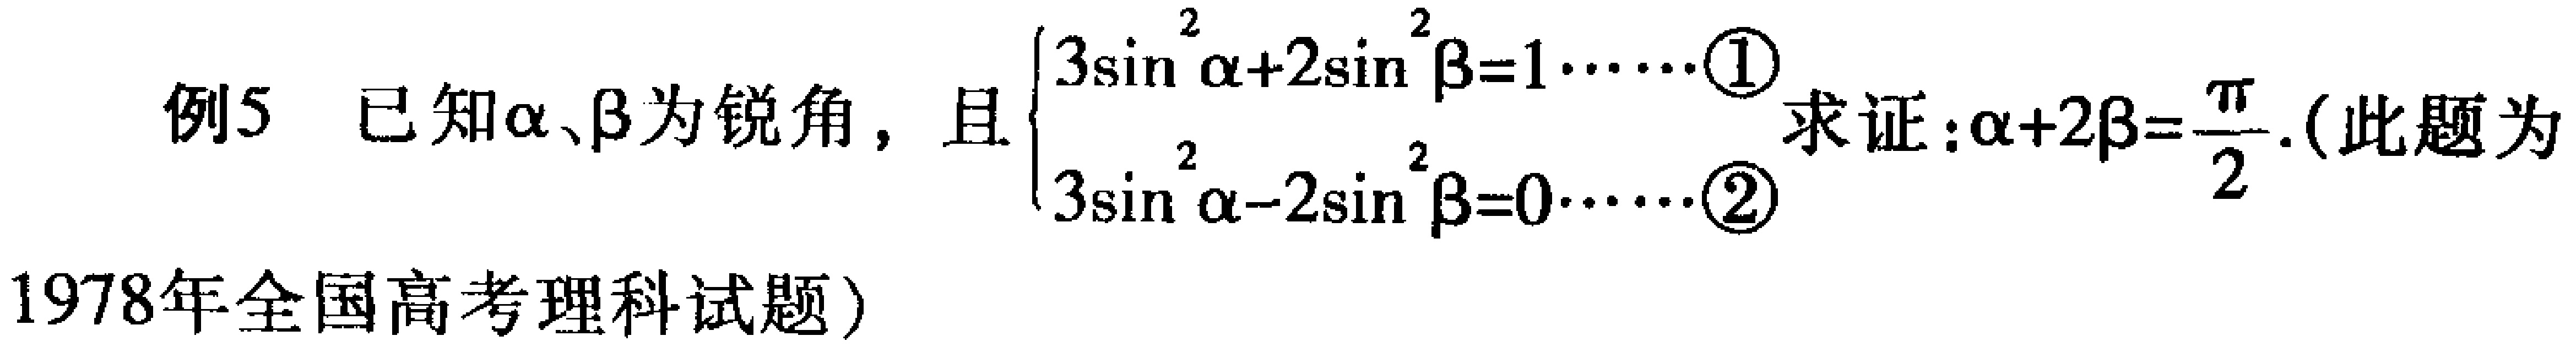
例5 已知\(\alpha、\beta\)为锐角，且\(\begin{cases}3\sin^{2}\alpha + 2\sin^{2}\beta = 1\cdots\cdots\textcircled{1}\\3\sin^{2}\alpha - 2\sin^{2}\beta = 0\cdots\cdots\textcircled{2}\end{cases}\) 求证：\(\alpha + 2\beta=\frac{\pi}{2}\).（此题为1978年全国高考理科试题）